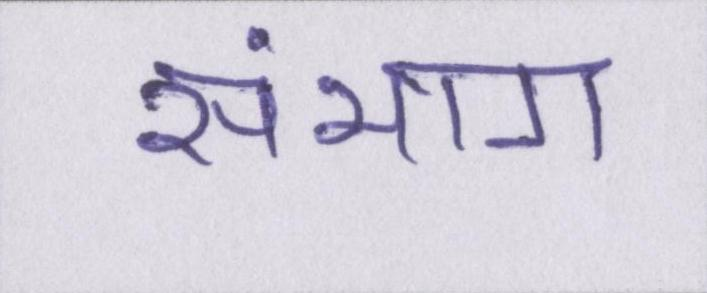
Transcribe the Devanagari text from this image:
संभाग